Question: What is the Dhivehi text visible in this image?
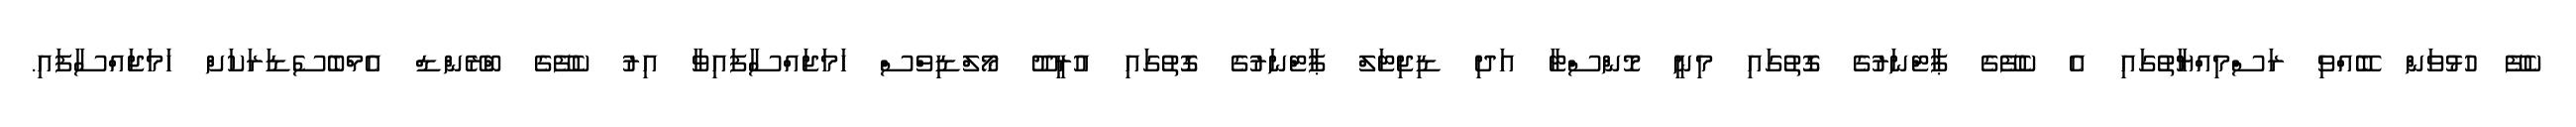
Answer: ކެފޭ ހުޅުވަން ބޭއްވި ރަސްމިއްޔާތުގައި އެ ކެފޭގެ ޕާޓްނަރުގެ ގޮތުގައި މިނީ މޮންސްޓާ އަދި ޑިޖިޓަލް ޕާޓްނަރުގެ ގޮތުގައި އުރީދޫ މޯލްޑިވްސް ހަމަޖައްސާފައިވާ އިރު ކެފޭގެ ބްރޭންޑް އެމްބެސެޑަރަކަށް ހަމަޖައްސާފައި.